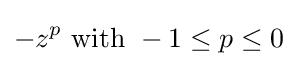
-z^{p}{\text{ with }}-1\leq p\leq 0